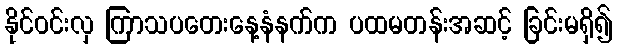
နိုင်ဝင်းလှ ကြာသပတေးနေ့နံနက်က ပထမတန်းအဆင့် ခြင်းမရှိ၍